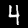
Digit: 4